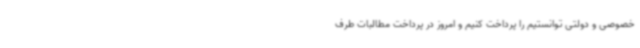
خصوصی و دولتی توانستیم را پرداخت کنیم و امروز در پرداخت مطالبات طرف